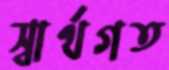
স্বার্থগত